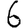
Digit: 6